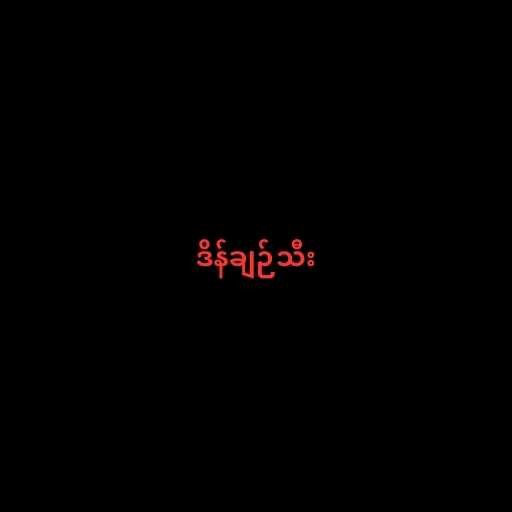
ဒိန်ချဉ်သီး